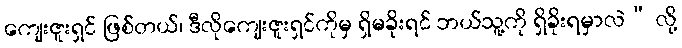
ကျေးဇူးရှင် ဖြစ်တယ်၊ ဒီလိုကျေးဇူးရှင်ကိုမှ ရှိမခိုးရင် ဘယ်သူ့ကို ရှိခိုးရမှာလဲ” လို့